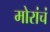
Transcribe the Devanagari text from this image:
मोरांचं